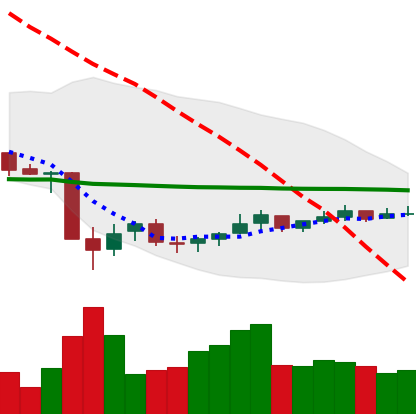
Ticker: NEO-USD
Chart end date: 2021-07-07
Forward return: -8.337%
Label: down_7plus